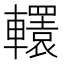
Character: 𨏙